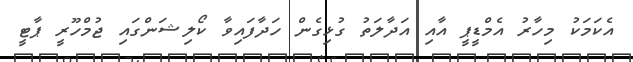
އެކަމަކު މިހާރު އެމްޑީޕީ އާއި އަދާލަތު ގުޅިގެން ހަދާފައިވާ ކޯލިޝަންގައި ޖުމްހޫރީ ޕާޓީ